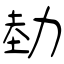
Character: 勎